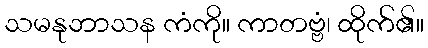
သမနုဘာသန ကံကို။ ကာတဗ္ဗံ၊ ထိုက်၏။